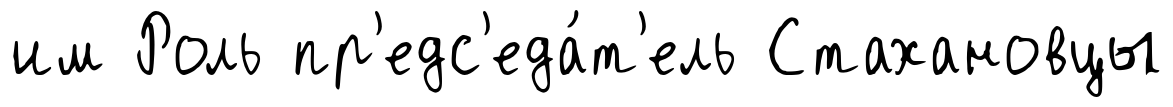
им Роль пр'едс'еда́т'ель Стахановцы